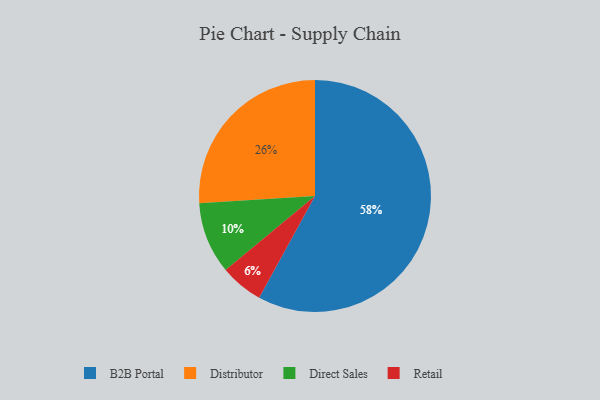
{"axis": {"x": "Category", "y": "Percentage"}, "legend": ["B2B Portal", "Direct Sales", "Distributor", "Retail"], "data": [{"x": "Direct Sales", "y": 10, "type": "Direct Sales"}, {"x": "Distributor", "y": 26, "type": "Distributor"}, {"x": "Retail", "y": 6, "type": "Retail"}, {"x": "B2B Portal", "y": 58, "type": "B2B Portal"}]}